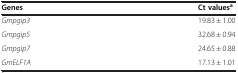
| Genes | Ct valuesa |
 | --- | --- |
 | Gmpgip3 | 19.83 ± 1.00 |
 | Gmpgip5 | 32.68 ± 0.94 |
 | Gmpgip7 | 24.65 ± 0.88 |
 | GmELF1A | 17.13 ± 1.01 |